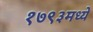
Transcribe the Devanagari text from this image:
१७९३मध्ये